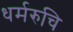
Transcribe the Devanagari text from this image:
धर्मरुचि